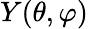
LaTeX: Y(\theta,\varphi)